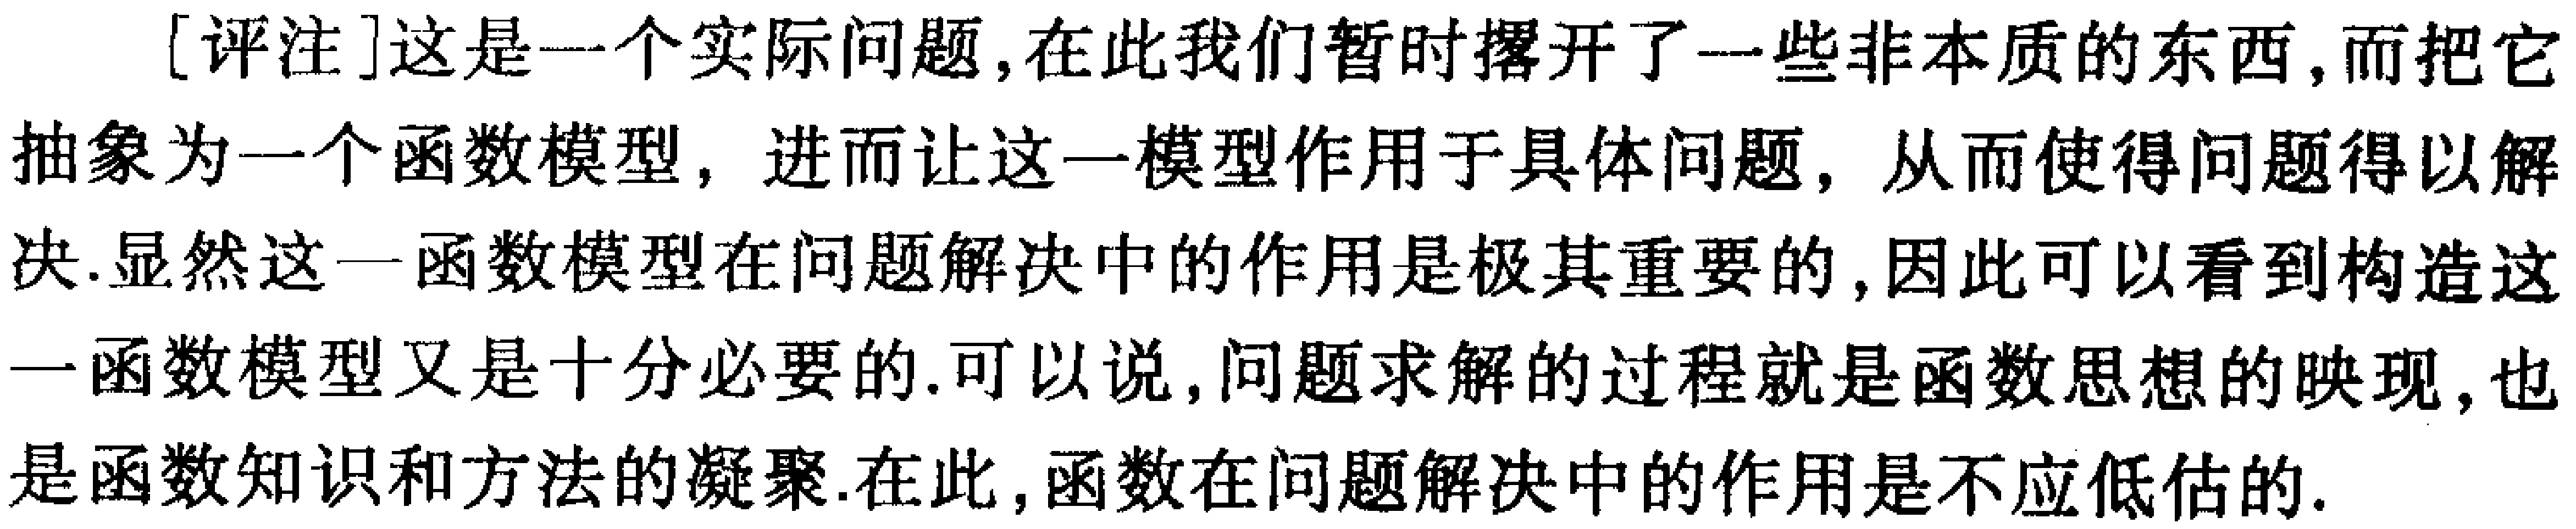
[评注]这是一个实际问题, 在此我们暂时撂开了一些非本质的东西, 而把它抽象为一个函数模型, 进而让这一模型作用于具体问题, 从而使得问题得以解决. 显然这一函数模型在问题解决中的作用是极其重要的, 因此可以看到构造这一函数模型又是十分必要的. 可以说, 问题求解的过程就是函数思想的映现, 也是函数知识和方法的凝聚. 在此, 函数在问题解决中的作用是不应低估的.